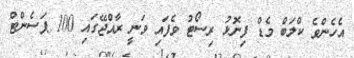
އެހެންވެ ކްލަބް މެޑް ފިނޮޅު ރިސޯޓު ވެފައިި ވަނީ ރާއްޖޭގައި 100 ޕަސެންޓް